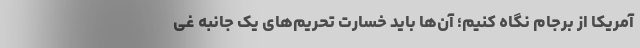
آمریکا از برجام نگاه کنیم؛ آن‌ها باید خسارت تحریم‌های یک جانبه غی